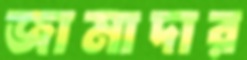
জামাদার